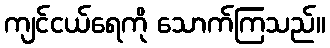
ကျင်ငယ်ရေကို သောက်ကြသည်။